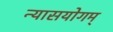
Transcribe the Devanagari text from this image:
न्यासयोगम्